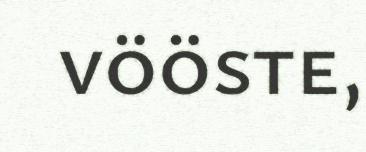
vööste,